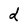
Character: d